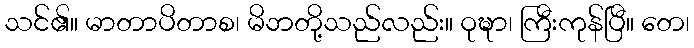
သင်၏။ မာတာပိတာစ၊ မိဘတို့သည်လည်း။ ဝုဍ္ဎာ၊ ကြီးကုန်ပြီ။ တေ၊